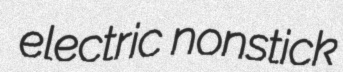
electric nonstick